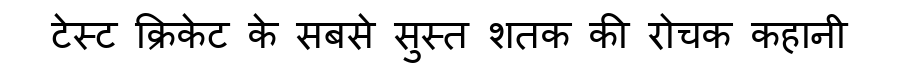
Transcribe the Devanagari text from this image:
टेस्ट क्रिकेट के सबसे सुस्त शतक की रोचक कहानी